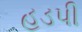
હડપી